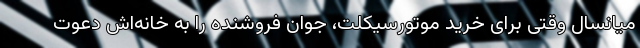
میانسال وقتی برای خرید موتورسیکلت، جوان فروشنده را به خانه‌اش دعوت